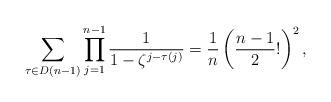
LaTeX: \begin{align*}\sum_{\tau \in D(n-1)} \prod_{j=1}^{n-1} \dfrac{1}{1-\zeta^{j-\tau(j)}}=\dfrac{1}{n}\left(\dfrac{n-1}{2}! \right)^{2}, \end{align*}